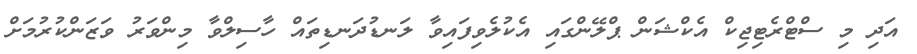
އަދި މި ސްޓްރެޓިޖިކް އެކްޝަން ޕްލޭންގައި އެކުލެވިފައިވާ ލަނޑުދަނޑިތައް ހާސިލްވާ މިންވަރު ވަޒަންކުރުމަށް